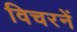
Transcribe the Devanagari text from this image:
विचरनें